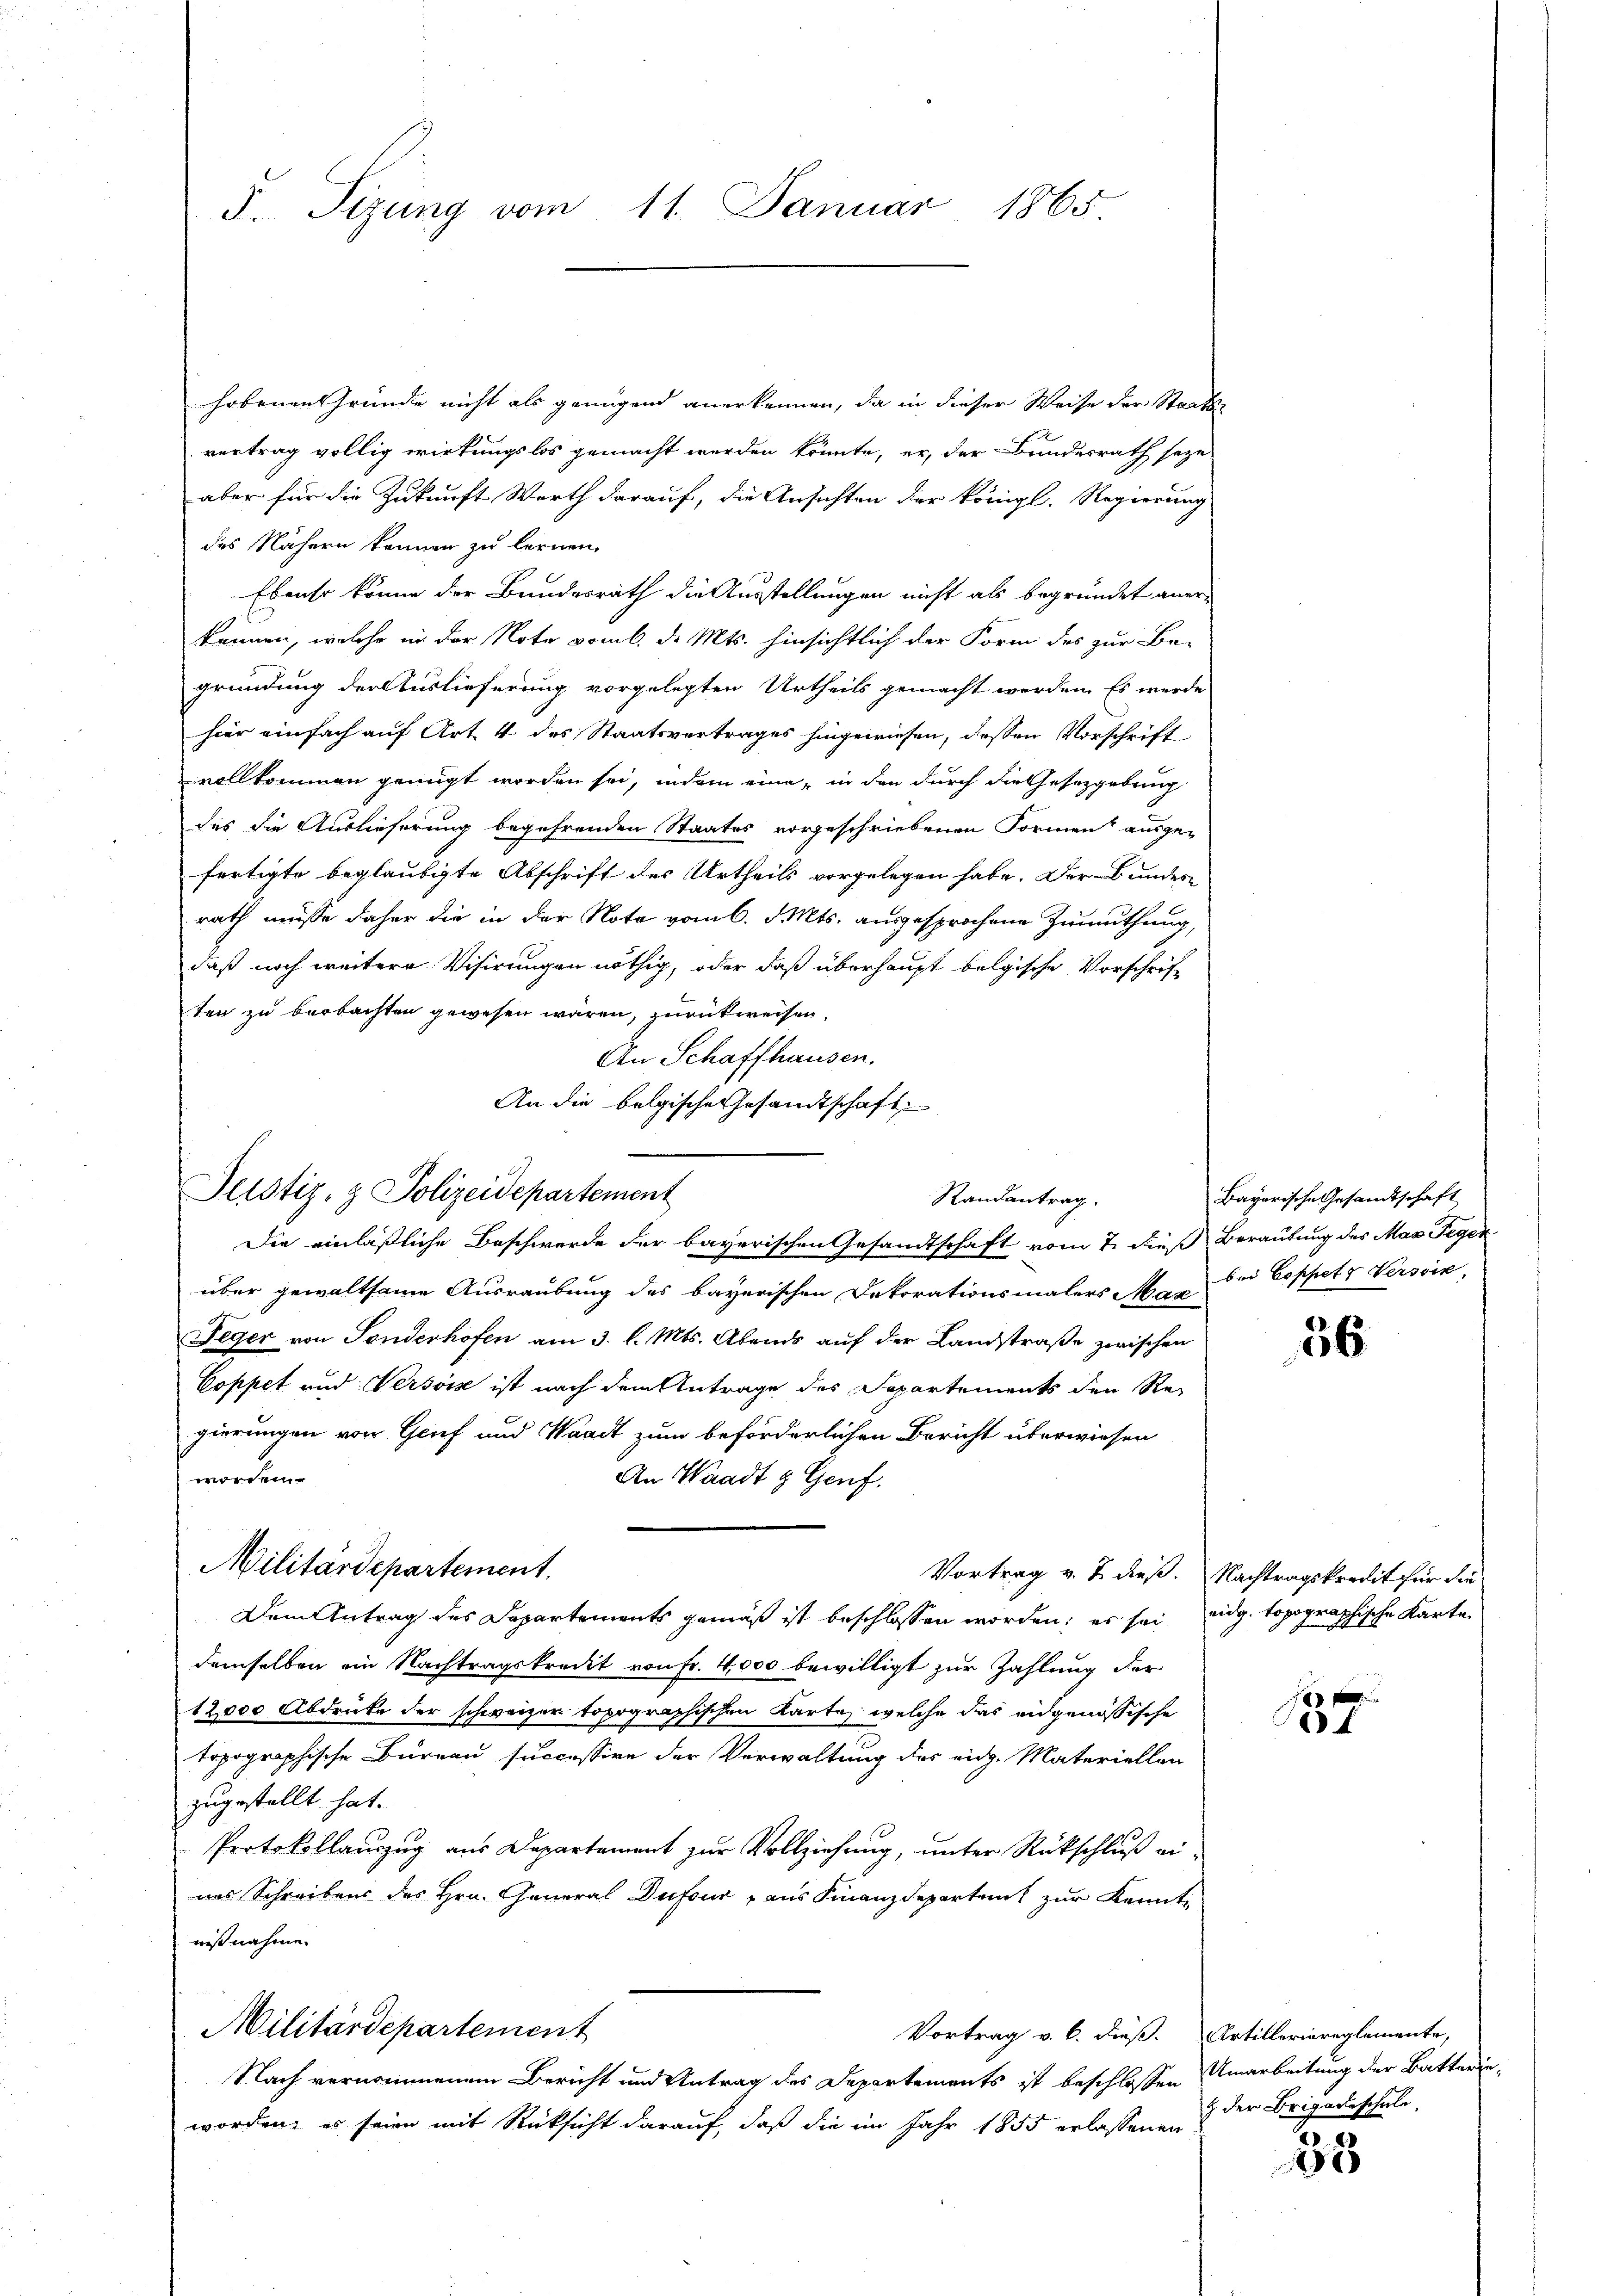
J. Sizung vom 11. Január 1865.

hobenen Gründe nicht als genügend anerkennen, da in dieser Weise der Staats
vertrag völlig wirkungslos gemacht werden könnte, er, der Bundesrath sozu
aber für die Zukunft Werth darauf, die Ansichten der königl. Regierung
des Nähern können zu lernen.
Ebenso könne der Bundesrath die Ausstellungen nicht als begründet aner-
können, welche in der Note vom 6. d. Mts. hinsichtlich der Form des zur Be-
gründung der Auslieferung vorgelegten Urtheils gemacht werden. Es werde
hier einfach auf Art 4 des Staatsvertrages hingewiesen, deßen Vorschrift
vollkommen genügt worden sei, indem eine, in den durch die Gesetzgebung
des die Auslieferung begehrenden Staates vorgeschriebenen Formen ausge-
fertigte beglaubigte Abschrift des Urtheils vorgelegen habe. Der Bundes-
rath müsse daher die in der Note vom 6. d. Mts. ausgesprochene Zumuthung,
daß noch weitere Visirungen nöthig, oder daß überhaupt belgische Vorschrift
ten zu beobachten gewesen wären, zurückweisen.
An Schaffhausen.
An die belgische Gesandtschaft
Die einläßliche Beschwerde der bayerischen Gesandtschaft vom 7. dieß Beraubung des Mas Gegenüber gewaltsame Ausraubung des bayerischen Dekorationsmalers Max
Teger von Tenderhofen am 3. l. Mts. Abends auf der Landstraße zwischen
Coppet und Versorz ist nach dem Antrage des Separtements den Regierungen von Genf und Waadt zum beförderlichen Bericht überwiesen
worden.
An Waadt & Genf.
Militärdepartement
Vortrag v. 2. dieß. Nachtragskredit für die
Dem Antrag des Departements gemäß ist beschlossen worden; es sei eidg. topographische Karte
demselben ein Nachtragskredit von Fr. 4,000 bewilligt zur Zahlung der
12,000 Abdruke der schweizer topographischen Karte, welche das eidgenössische
topographische Bureau successire der Verwaltung des eidg. Materiellen
zugestellt hat.
Protokollauszug aus Departement zur Vollziehung, unter Rückschluß einas Schreibens des Hrn. General Dufour aus Finanzdeparteil zur Kennt-
nißnahme.
Militärdepartement
Vortrag v. 6. dieß. Artilleriereglemente,
Nach vernommenen Bericht und Antrag des Departements ist beschlossen
worden, es seien mit Rücksicht darauf, daß die im Jahr 1855 erlassenen & der Brigadeschale

Justiz- & Polizeidepartement

Randantrag.

Bayerische Gesandtschaft
bei Coppete Versin

36

184

Umarbeitung der Batterie¬

33